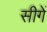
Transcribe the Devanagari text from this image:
सीगें